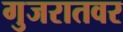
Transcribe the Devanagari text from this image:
गुजरातवर